Report of the Indian Hemp Drugs Commission, 1894-1895 - Volume IV
Year: 1894
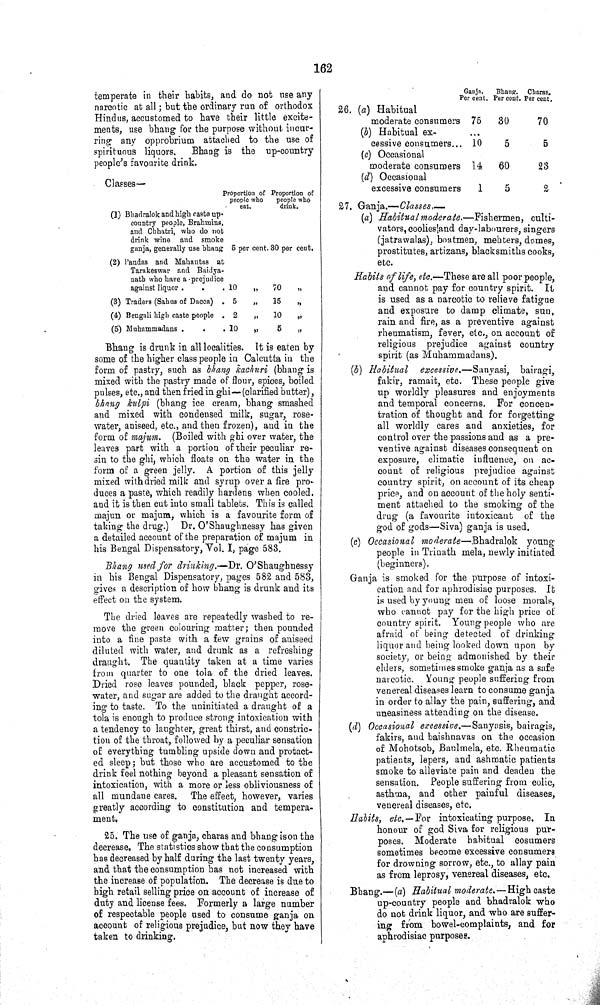
162
temperate in their habits, and do not use any
narcotic at all; but the ordinary run of orthodox
Hindus, accustomed to have their little excite¬
ments, use bhang for the purpose without incur¬
ring any opprobrium attached to the use of
spirituous liquors. Bhang is the up-country
people's favourite drink.
Classes—
Proportion of
people who
eat.
Proportion of
people who
drink.
(1) Bhadralok and high caste up-
country people, Brahmins,
and Chhatri, who do not
drink wine and smoke
ganja, generally use bhang
5 per cent. 30 per cent.
(2) Pandas and Mahantas at
Tarakeswar and Baidya-
nath who have a prejudice
against liquor
10
"
70
"
(3) Traders (Sahus of Dacca)
5
"
15
"
(4) Bengali high caste people
2
"
10 "
(5) Muhammadans
10
"
5
"
Bhang is drunk in all localities. It is eaten by
some of the higher class people in Calcutta in the
form of pastry, such as bhang kachuri (bhang is
mixed with the pastry made of flour, spices, boiled
pulses, etc., and then fried in ghi—(clarified butter),
bhang kulpi (bhang ice cream, bhang smashed
and mixed with condensed milk, sugar, rose-
water, aniseed, etc., and then frozen), and in the
form of majum. (Boiled with ghi over water, the
leaves part with a portion of their peculiar re¬
sin to the ghi, which floats on the water in the
form of a green jelly. A portion of this jelly
mixed with dried milk and syrup over a fire pro¬
duces a paste, which readily hardens when cooled.
and it is then cut into small tablets. This is called
majun or majum, which is a favourite form of
taking the drug.) Dr. O'Shaughnessy has given
a detailed account of the preparation of majum in
his Bengal Dispensatory, Vol. I, page 583.
Bhang used for drinking.—Dr. O'Shaughnessy
in his Bengal Dispensatory, pages 582 and 583,
gives a description of how bhang is drunk and its
effect on the system.
The dried leaves are repeatedly washed to re¬
move the green colouring matter; then pounded
into a fine paste with a few grains of aniseed
diluted with water, and drunk as a refreshing
draught. The quantity taken at a time varies
from quarter to one tola of the dried leaves.
Dried rose leaves pounded, black pepper, rose-
water, and sugar are added to the draught accord¬
ing to taste. To the uninitiated a draught of a
tola is enough to produce strong intoxication with
a tendency to laughter, great thirst, and constric¬
tion of the throat, followed by a peculiar sensation
of everything tumbling upside down and protact-
ed sleep; but those who are accustomed to the
drink feel nothing beyond a pleasant sensation of
intoxication, with a more or less obliviousness of
all mundane cares. The effect, however, varies
greatly according to constitution and tempera¬
ment.
25. The use of ganja, charas and bhang is on the
decrease. The statistics show that the consumption
has decreased by half during the last twenty years,
and that the consumption has not increased with
the increase of population. The decrease is due to
high retail selling price on account of increase of
duty and license fees. Formerly a large number
of respectable people used to consume ganja on
account of religious prejudice, but now they have
taken to drinking.
Ganja.
Per cent.
Bhang.
Per cent.
Charas.
Per cent.
26. (a) Habitual
moderate consumers 75
30
70
(b) Habitual ex-
cessive consumers
10
5
5
(c) Occasional
moderate consumers 14
60
23
(d) Occasional
excessive consumers
1
5
2
27. Ganja.—Classes.—
(a) Habitual moderate.—Fishermen, culti¬
vators, coolies|and day-labourers, singers
(jatrawalas), boatmen, mehters, domes,
prostitutes, artizans, blacksmiths cooks,
etc.
Habits of life, etc.—These are all poor people,
and cannot pay for country spirit. It
is used as a narcotic to relieve fatigue
and exposure to damp climate, sun,
rain and fire, as a preventive against
rheumatism, fever, etc., on account of
religious prejudice against country
spirit (as Muhammadans).
(b) Habitual excessive.—Sanyasi, bairagi,
fakir, ramait, etc. These people give
up worldly pleasures and enjoyments
and temporal concerns. For concen¬
tration of thought and for forgetting
all worldly cares and anxieties, for
control over the passions and as a pre¬
ventive against diseases consequent on
exposure, climatic influence, on ac¬
count of religious prejudice against
country spirit, on account of its cheap
price, and on account of the holy senti¬
ment attached to the smoking of the
drug (a favourite intoxicant of the
god of gods—Siva) ganja is used.
(c) Occasional moderate—Bhadralok young
people in Trinath mela, newly initiated
(beginners).
Ganja is smoked for the purpose of intoxi¬
cation and for aphrodisiac purposes. It
is used by young men of loose morals,
who cannot pay for the high price of
country spirit. Young people who are
afraid of being detected of drinking
liquor and being looked down upon by
society, or being admonished by their
elders, sometimes smoke ganja as a safe
narcotic. Young people suffering from
venereal diseases learn to consume ganja
in order to allay the pain, suffering, and
uneasiness attending on the disease.
(d) Occasional excessive.—Sanyasis, bairagis,
fakirs, and baishnavas on the occasion
of Mohotsob, Baulmela, etc. Rheumatic
patients, lepers, and ashmatic patients
smoke to alleviate pain and deaden the
sensation. People suffering from colic,
asthma, and other painful diseases,
venereal diseases, etc.
Habits, etc.—For intoxicating purpose. In
honour of god Siva for religious pur¬
poses. Moderate habitual cosumers
sometimes become excessive consumers
for drowning sorrow, etc., to allay pain
as from leprosy, venereal diseases, etc.
Bhang.—(a) Habitual moderate.—High caste
up-country people and bhadralok who
do not drink liquor, and who are suffer¬
ing from bowel-complaints, and for
aphrodisiac purposes.